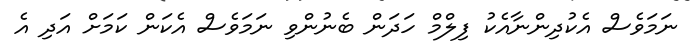
ނަމަވެސް އެކުދިންނާއެކު ފިލްމް ހަދަން ބެނުންވި ނަމަވެސް އެކަން ކަމަށް އަދި އެ